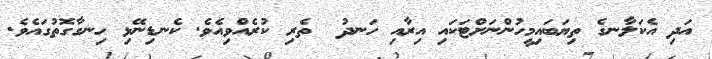
އަދި އެކަލާނގެ ތިޔަބައިމީހުންނަށްޓަކައި އިރާއި ހަނދު  ތެރި ކުރެއްވިއެވެ. ކެނޑިނޭޅި ހިނގާގޮތުގައެވެ.